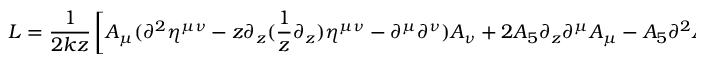
L = \frac { 1 } { 2 k z } \left[ A _ { \mu } ( \partial ^ { 2 } \eta ^ { \mu \nu } - z \partial _ { z } ( \frac { 1 } { z } \partial _ { z } ) \eta ^ { \mu \nu } - \partial ^ { \mu } \partial ^ { \nu } ) A _ { \nu } + 2 A _ { 5 } \partial _ { z } \partial ^ { \mu } A _ { \mu } - A _ { 5 } \partial ^ { 2 } A _ { 5 } \right] .